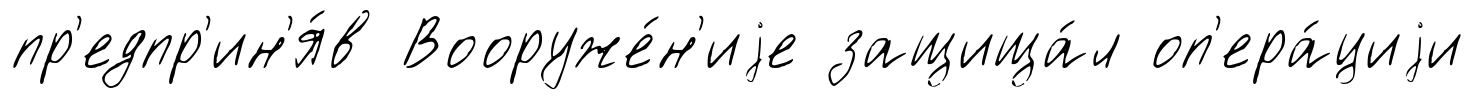
пр'едпр'ин'я́в Вооруже́н'иjе защища́л оп'ера́циjи